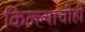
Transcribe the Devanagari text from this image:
किल्ल्याचीही